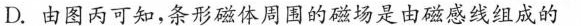
D.由图丙可知，条形磁体周围的磁场是由磁感线组成的